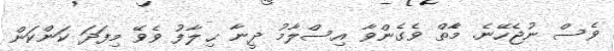
ވެސް ނުޖެހޭނެ. މާެތް ވެގެންވާ އިސްލާމު ދީނާ ޙިލާފު ވެވޭ މިފަދަ ކަންކަން